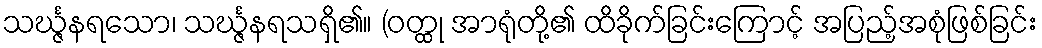
သင်္ဃ္ဇနရသော၊ သင်္ဃ္ဇနရသရှိ၏။ (ဝတ္ထု အာရုံတို့၏ ထိခိုက်ခြင်းကြောင့် အပြည့်အစုံဖြစ်ခြင်း